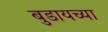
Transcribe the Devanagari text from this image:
बुडायच्या